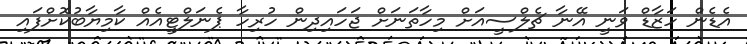
އެޑެން ހަޒާޑް ވަނީ އޭނާ ޗެލްސީއަށް މިހާތަނަށް ޖަހައިދިން ހުރިހާ ޕެނަލްޓީއެއް ކާމިޔާބުކޮށްފައި